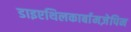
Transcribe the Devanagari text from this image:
डाइएथिलकार्बामज़ेपिन